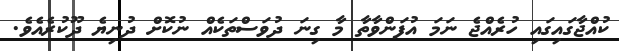
ކުއްޖާގައިގައި ހުރެއްޖެ ނަމަ އުފަންވާތާ މާ ގިނަ ދުވަސްތަކެއް ނުކޮށް ދުނިޔެ ދޫކުރެއެވެ.